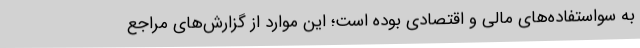
به سواستفاده‌های مالی و اقتصادی بوده است؛ این موارد از گزارش‌های مراجع